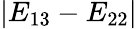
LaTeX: |E_{13}-E_{22}|